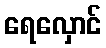
ရေလှောင်